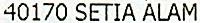
40170 SETIA ALAM